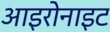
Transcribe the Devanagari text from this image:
आइरोनाइट